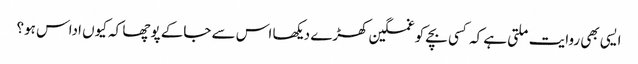
ایسی بھی روایت ملتی ہے کہ کسی بچے کو غمگین کھڑے دیکھا اس سے جاکے پوچھا کہ کیوں اداس ہو؟